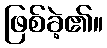
ဖြစ်ခဲ့၏။